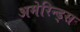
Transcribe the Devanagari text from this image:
अमेरिन्ड्स